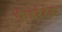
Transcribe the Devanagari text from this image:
फ़ेडरेटेड